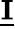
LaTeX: \underline{{\boldsymbol{\mathrm{I}}}}